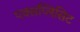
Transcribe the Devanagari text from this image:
एक्सप्लिसिट